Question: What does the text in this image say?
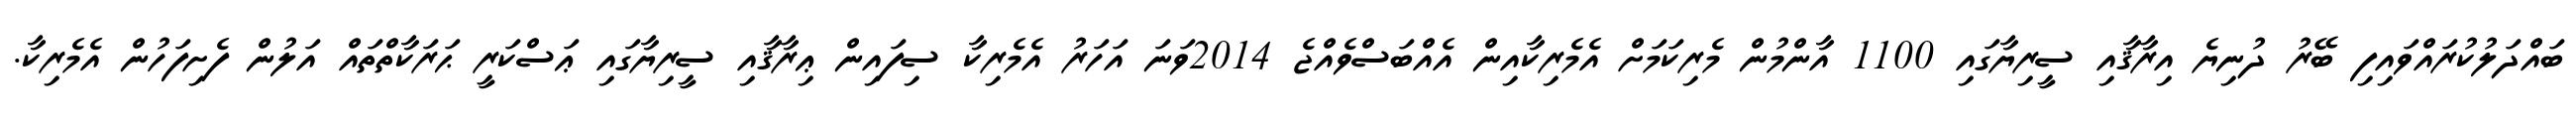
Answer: ބައްދަލުކުރައްވައިފި ބޭރު ދުނިޔެ އިރާޤާއި ސީރިޔާގައި 1100 އާންމުން މެރިކަމަށް އެމެރިކާއިން އެއްބަސްވެއްޖެ 2014ވަނަ އަހަރު އެމެރިކާ ސިފައިން ޢިރާޤާއި ސީރިޔާގައި ޢަސްކަރީ ޙަރަކާތްތައް އަލުން ފެށިފަހުން އެމެރިކާ.